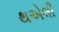
થએલી